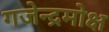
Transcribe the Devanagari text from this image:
गजेन्द्रमोक्ष